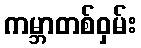
ကမ္ဘာတစ်ဝှမ်း